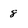
Character: 8